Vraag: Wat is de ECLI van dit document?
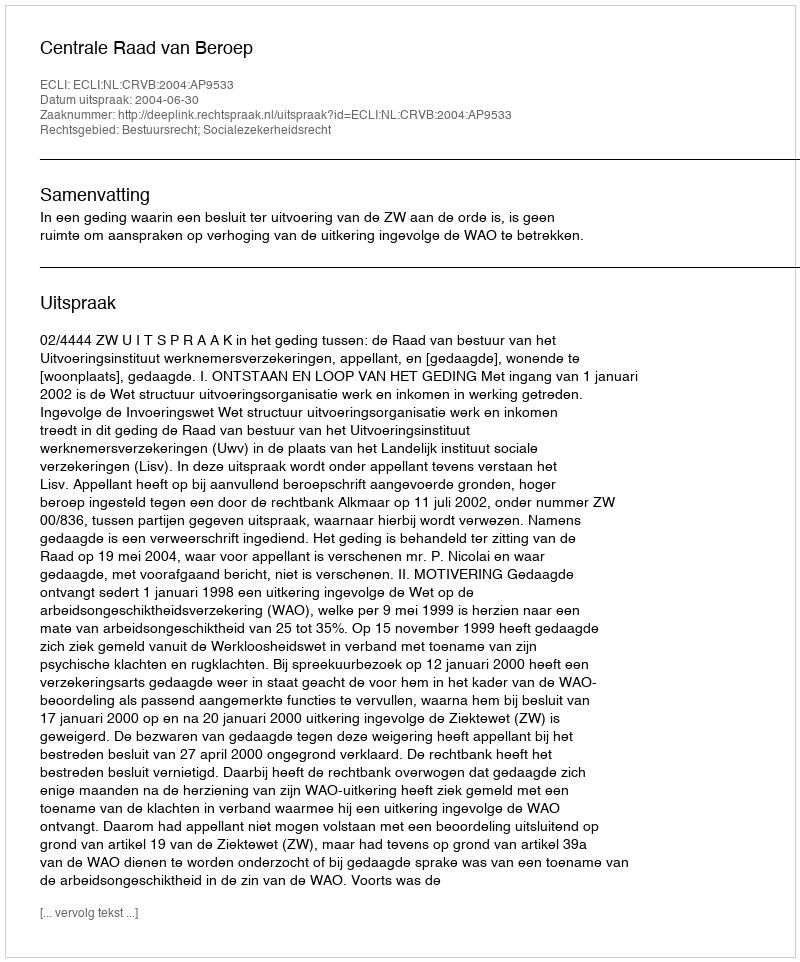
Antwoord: ECLI:NL:CRVB:2004:AP9533